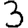
Digit: 3